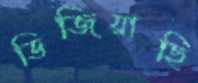
ভিজিয়াছি